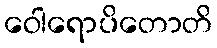
ဝေါရောပိတောတိ